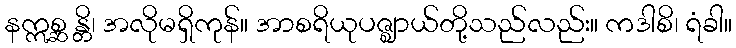
နဣစ္ဆ န္တိ၊ အလိုမရှိကုန်။ အာစရိယုပဇ္ဈာယ်တို့သည်လည်း။ ကဒါစိ၊ ရံခါ။